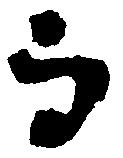
而